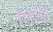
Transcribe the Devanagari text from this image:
मिनागेरी